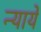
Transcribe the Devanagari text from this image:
न्यायें